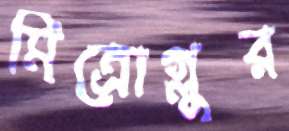
মিত্রোগ্লুর